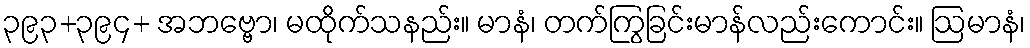
၃၉၃+၃၉၄+ အဘဗ္ဗော၊ မထိုက်သနည်း။ မာနံ၊ တက်ကြွခြင်းမာန်လည်းကောင်း။ ဩမာနံ၊